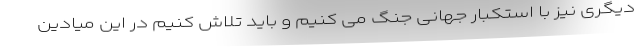
دیگری نیز با استکبار جهانی جنگ می کنیم و باید تلاش کنیم در این میادین